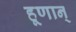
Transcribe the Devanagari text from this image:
हूणान्‌